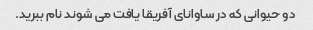
دو حیوانی که در ساوانای آفریقا یافت می شوند نام ببرید.